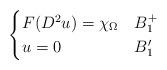
LaTeX: \begin{align*} \begin{cases}F(D^2 u)=\chi_\Omega & B_{1}^{+}\\u=0 & B'_{1}\end{cases}\end{align*}